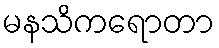
မနသိကရောတာ